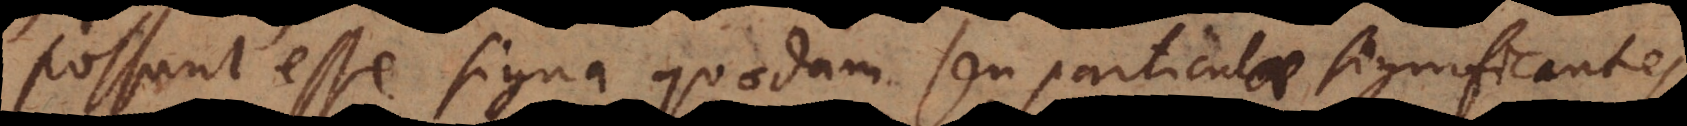
Possunt esse signa quaedam seu particulae significantes